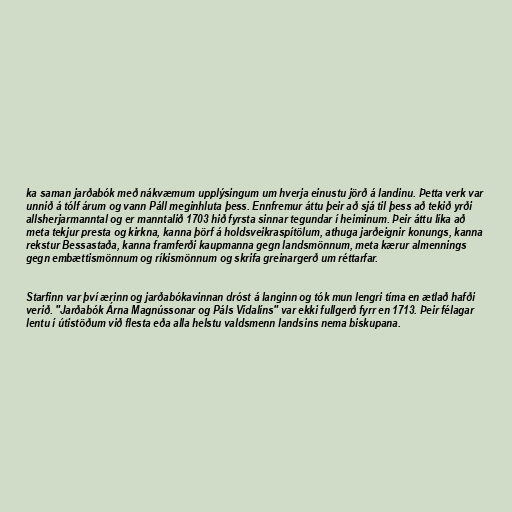
ka saman jarðabók með nákvæmum upplýsingum um hverja einustu jörð á landinu. Þetta verk var
unnið á tólf árum og vann Páll meginhluta þess. Ennfremur áttu þeir að sjá til þess að tekið yrði
allsherjarmanntal og er manntalið 1703 hið fyrsta sinnar tegundar í heiminum. Þeir áttu líka að
meta tekjur presta og kirkna, kanna þörf á holdsveikraspítölum, athuga jarðeignir konungs, kanna
rekstur Bessastaða, kanna framferði kaupmanna gegn landsmönnum, meta kærur almennings
gegn embættismönnum og ríkismönnum og skrifa greinargerð um réttarfar.

Starfinn var því ærinn og jarðabókavinnan dróst á langinn og tók mun lengri tíma en ætlað hafði
verið. "Jarðabók Árna Magnússonar og Páls Vídalíns" var ekki fullgerð fyrr en 1713. Þeir félagar
lentu í útistöðum við flesta eða alla helstu valdsmenn landsins nema biskupana.